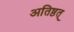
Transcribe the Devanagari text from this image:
अतिष्ठत्